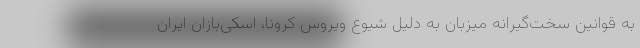
به قوانین سخت‌گیرانه میزبان به دلیل شیوع ویروس کرونا، اسکی‌بازان ایران